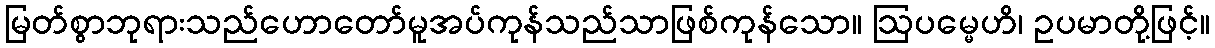
မြတ်စွာဘုရားသည်ဟောတော်မူအပ်ကုန်သည်သာဖြစ်ကုန်သော။ ဩပမ္မေဟိ၊ ဥပမာတို့ဖြင့်။